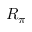
R _ { \pi }